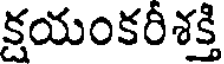
క్షయంకరీశక్తి